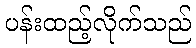
ပန်းထည့်လိုက်သည်